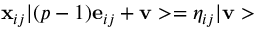
{ \bf x } _ { i j } \vert ( p - 1 ) { \bf e } _ { i j } + { \bf v } > = \eta _ { i j } \vert { \bf v } >